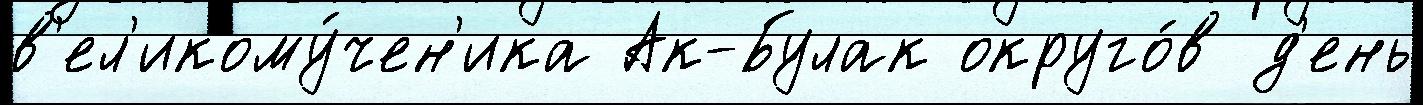
в'ел'икому́чен'ика Ак-Булак округо́в д'ень